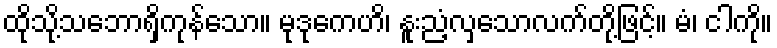
ထိုသို့သဘောရှိကုန်သော။ မုဒုကေဟိ၊ နူးညံ့လှသောလက်တို့ဖြင့်။ မံ၊ ငါကို။